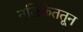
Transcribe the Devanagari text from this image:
नलिकेततून